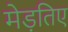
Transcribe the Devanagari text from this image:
मेड़तिए